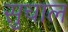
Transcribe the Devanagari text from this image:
सुचाल